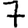
Digit: 7